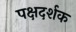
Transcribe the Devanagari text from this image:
पक्षदर्शक